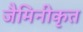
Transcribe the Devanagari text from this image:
जैमिनीकृत